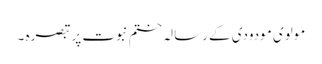
مولوی مودودی کے رسالہ ختم نبوت پر تبصرہ ۔